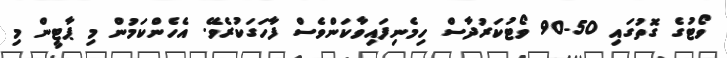
ވޯޓުގެ ގޮތުގައި 50-90 ވޯޓުކަރުދާސް ހިމެނިފައިވާކަންވެސް ފާހަގަކުރެވޭ. އެހެންކަމުން މި ޕާޓީން މި